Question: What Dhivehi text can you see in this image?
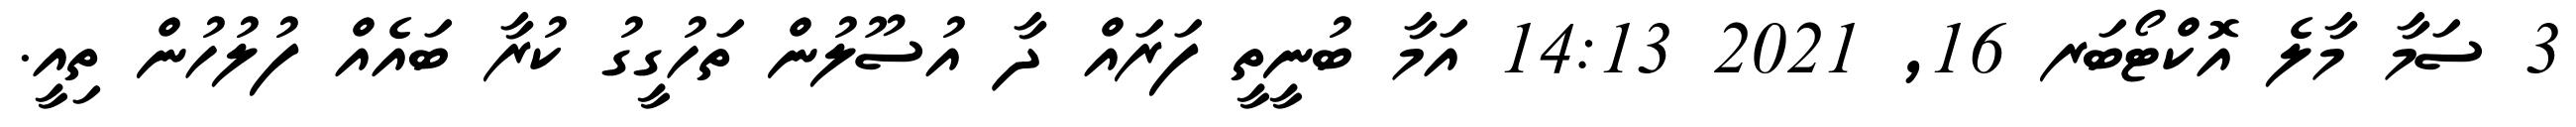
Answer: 3 ސަމާ މާލެ އޮކްޓޯބަރ 16, 2021 14:13 އަމާ ބުނީތީ ފަރައް ދާ އުސޫލުން ތަހުގީގު ކުރާ ބައެއް ފުލުހުން ތިއީ.